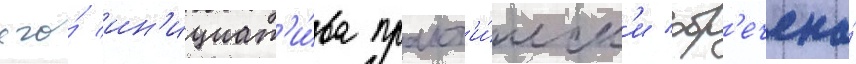
его́ ин'ициат'и́ва практ'и́ческ'и обр'ечена́